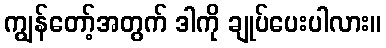
ကျွန်တော့်အတွက် ဒါကို ချုပ်ပေးပါလား။